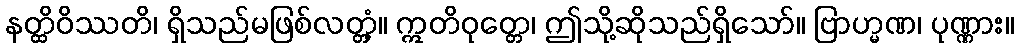
နတ္ထိဝိဿတိ၊ ရှိသည်မဖြစ်လတ္တံ့။ ဣတိဝုတ္တေ၊ ဤသို့ဆိုသည်ရှိသော်။ ဗြာဟ္မဏ၊ ပုဏ္ဏား။